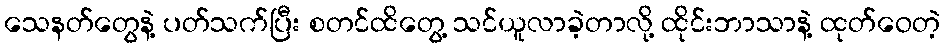
သေနတ်တွေနဲ့ ပတ်သက်ပြီး စတင်ထိတွေ့ သင်ယူလာခဲ့တာလို့ ထိုင်းဘာသာနဲ့ ထုတ်ဝေတဲ့